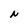
Character: N